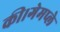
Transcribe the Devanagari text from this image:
की।गेमप्ले